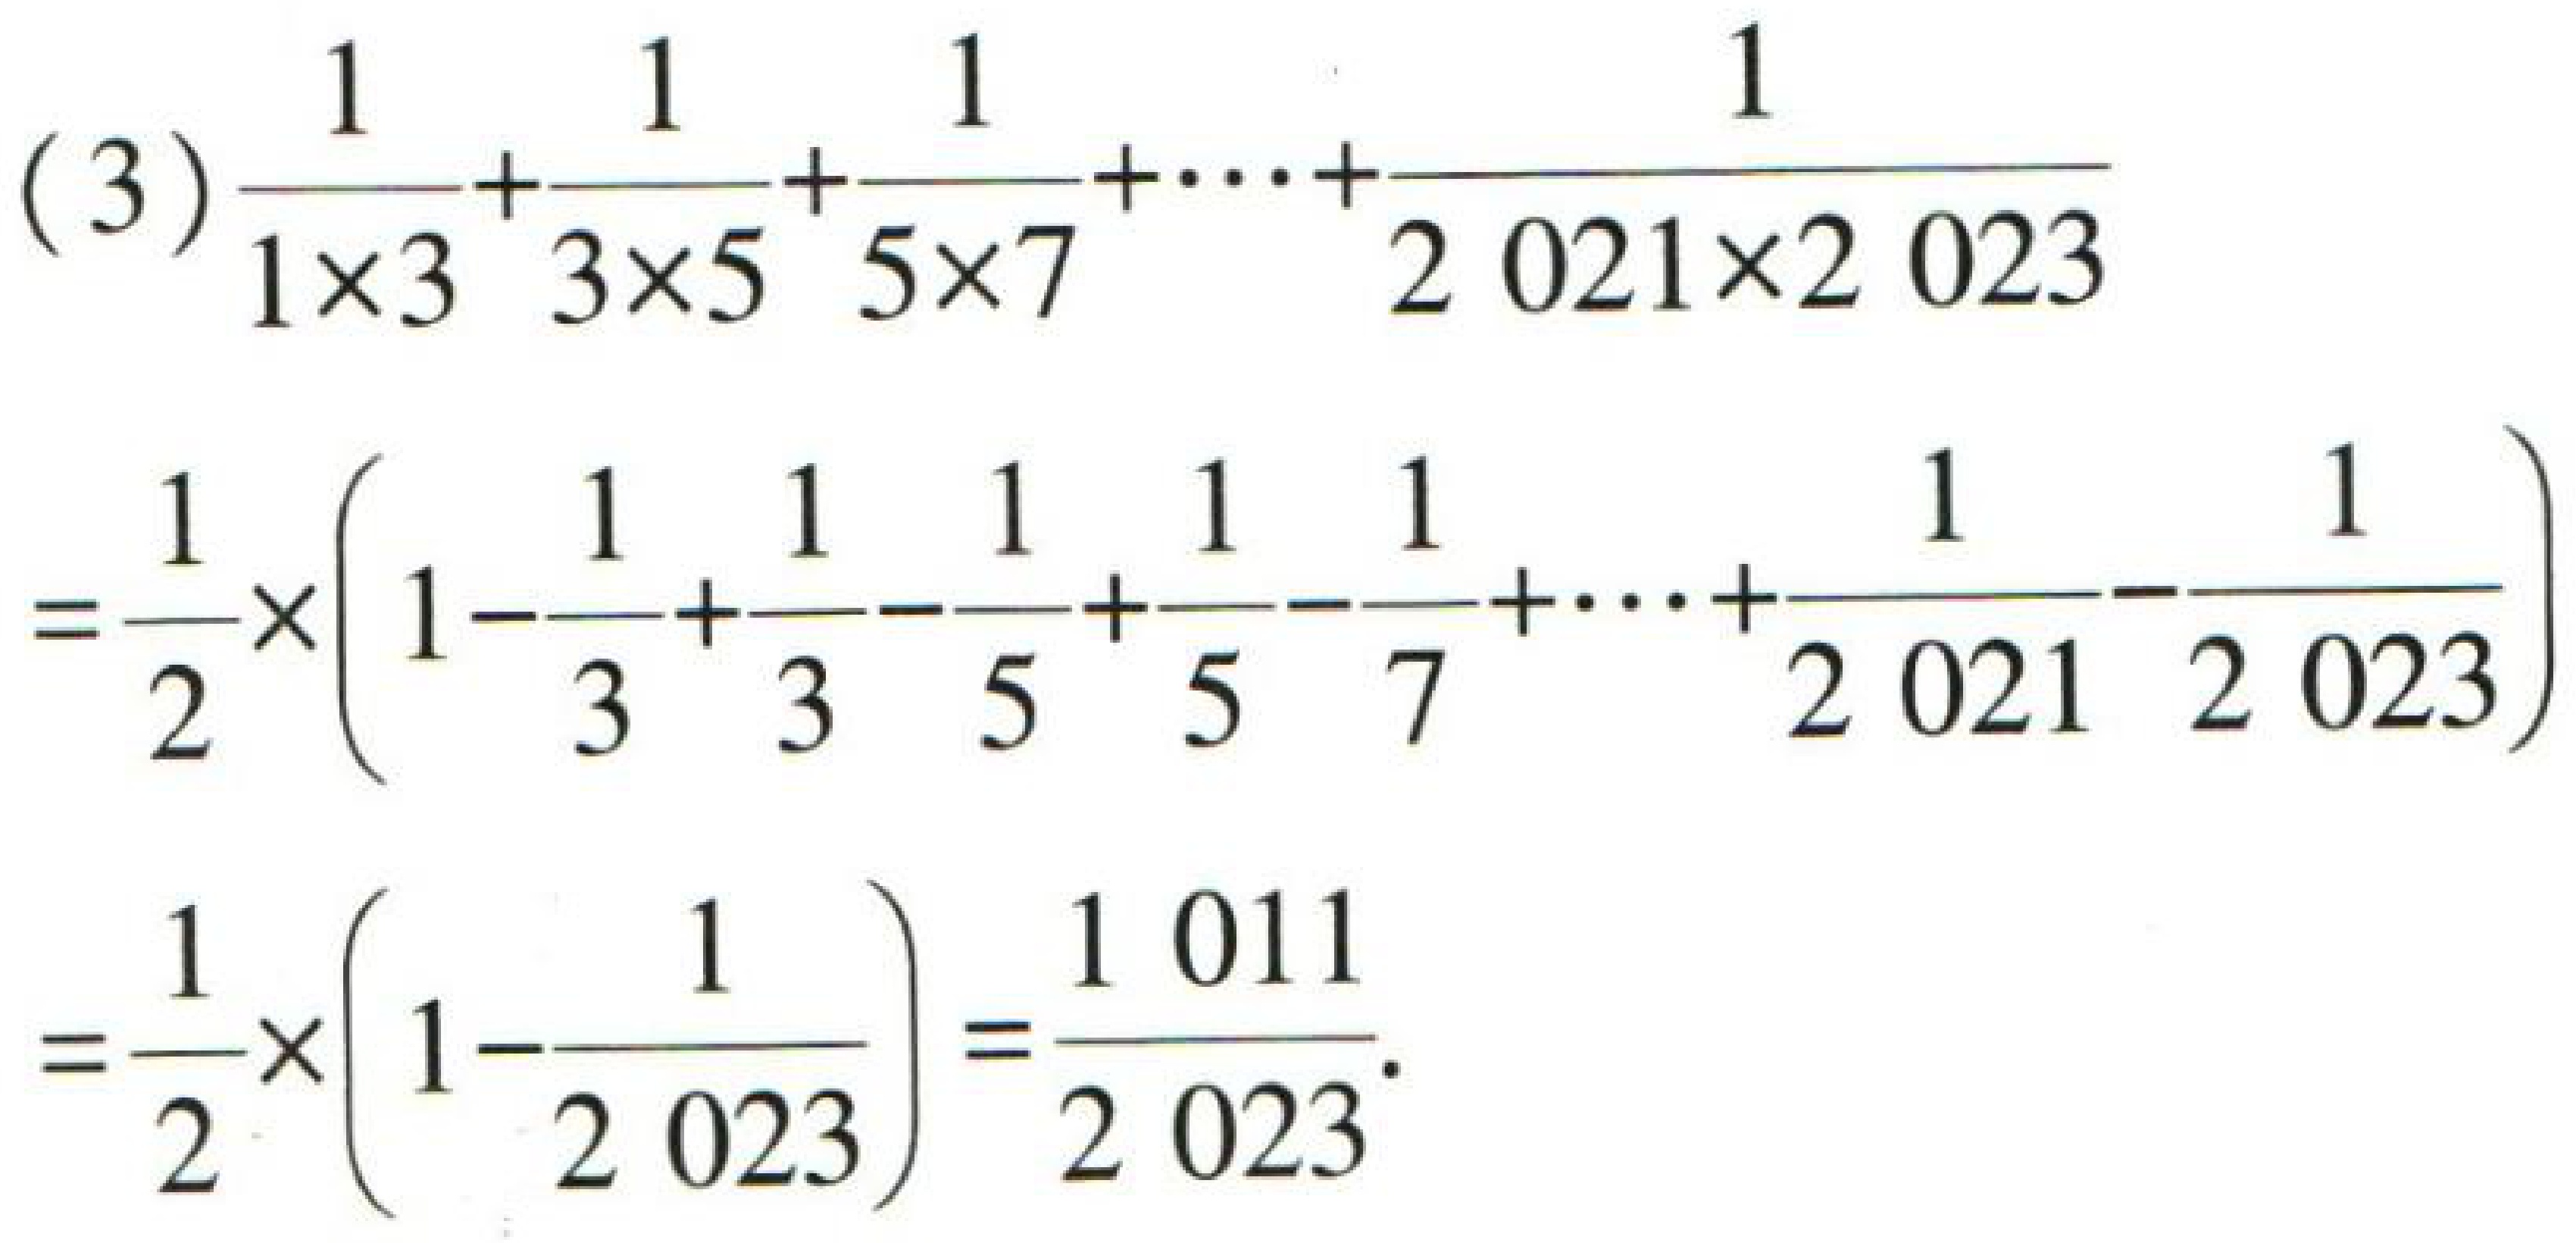
\[(3)\frac{1}{1\times3}+\frac{1}{3\times5}+\frac{1}{5\times7}+\cdots+\frac{1}{2021\times2023}\]
\[=\frac{1}{2}\times\left(1 - \frac{1}{3}+\frac{1}{3}-\frac{1}{5}+\frac{1}{5}-\frac{1}{7}+\cdots+\frac{1}{2021}-\frac{1}{2023}\right)\]
\[=\frac{1}{2}\times\left(1-\frac{1}{2023}\right)=\frac{1011}{2023}\]